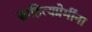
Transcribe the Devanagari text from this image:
साहित्यप्रेमींना